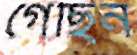
গেছিন